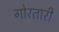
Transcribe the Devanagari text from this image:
गोरतारी